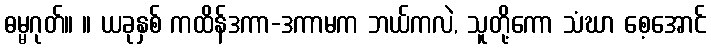
ဓမ္မဂုတ်။ ။ ယခုနှစ် ကထိန်ဒကာ-ဒကာမက ဘယ်ကလဲ, သူတို့ကော သံဃာ စေ့အောင်